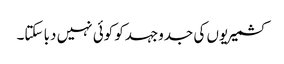
کشمیریوں کی جدوجہدکو کوئی نہیں دبا سکتا۔